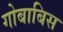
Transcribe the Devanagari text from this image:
गोबाबिस